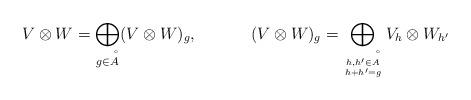
LaTeX: \begin{align*} &V\otimes W=\bigoplus_{g\in\AA}(V\otimes W)_g, &&(V\otimes W)_g=\bigoplus_{h,h'\in \AA\atop h+h'=g}V_{h}\otimes W_{h'}\end{align*}